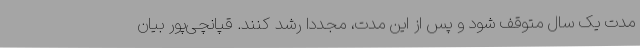
مدت یک سال متوقف شود و پس از این مدت، مجددا رشد کنند. قپانچی‌پور بیان